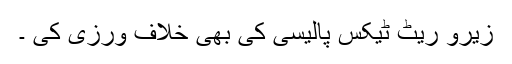
زیرو ریٹ ٹیکس پالیسی کی بھی خلاف ورزی کی ۔